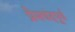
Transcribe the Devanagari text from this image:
प्रेमचंदपूर्व